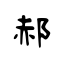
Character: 郝